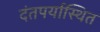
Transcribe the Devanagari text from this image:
दंतपर्यास्थित